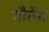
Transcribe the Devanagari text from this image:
गौतेंग